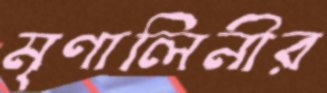
মৃণালিনীর